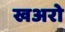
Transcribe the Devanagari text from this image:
खअरो